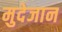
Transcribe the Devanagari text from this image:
मुदेजान